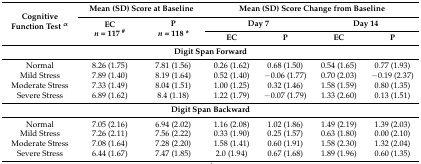
| <ROWSPAN=3> Cognitive Function Test α | <COLSPAN=2> Mean (SD) Score at Baseline | <COLSPAN=4> Mean (SD) Score Change from Baseline |
 | <ROWSPAN=2> ECn = 117 # | <ROWSPAN=2> Pn = 118 * | <COLSPAN=2> Day 7 | <COLSPAN=2> Day 14 |
 | EC | P | EC | P |
 | --- | --- | --- | --- | --- | --- | --- |
 | <COLSPAN=7> Digit Span Forward |
 | Normal | 8.26 (1.75) | 7.81 (1.56) | 0.26 (1.62) | 0.68 (1.50) | 0.54 (1.65) | 0.77 (1.93) |
 | Mild Stress | 7.89 (1.40) | 8.19 (1.64) | 0.52 (1.40) | −0.06 (1.77) | 0.70 (2.03) | −0.19 (2.37) |
 | Moderate Stress | 7.33 (1.49) | 8.04 (1.51) | 1.00 (1.25) | 0.32 (1.46) | 1.58 (1.59) | 0.80 (1.35) |
 | Severe Stress | 6.89 (1.62) | 8.4 (1.18) | 1.22 (1.79) | −0.07 (1.79) | 1.33 (2.60) | 0.13 (1.51) |
 | <COLSPAN=7> Digit Span Backward |
 | Normal | 7.05 (2.16) | 6.94 (2.02) | 1.16 (2.08) | 1.02 (1.86) | 1.49 (2.19) | 1.39 (2.03) |
 | Mild Stress | 7.26 (2.11) | 7.56 (2.22) | 0.33 (1.90) | 0.25 (1.57) | 0.63 (1.80) | 0.00 (2.10) |
 | Moderate Stress | 7.08 (1.64) | 7.28 (2.20) | 1.58 (1.41) | 0.60 (1.91) | 1.58 (2.30) | 1.32 (2.04) |
 | Severe Stress | 6.44 (1.67) | 7.47 (1.85) | 2.0 (1.94) | 0.67 (1.68) | 1.89 (1.96) | 0.60 (1.35) |